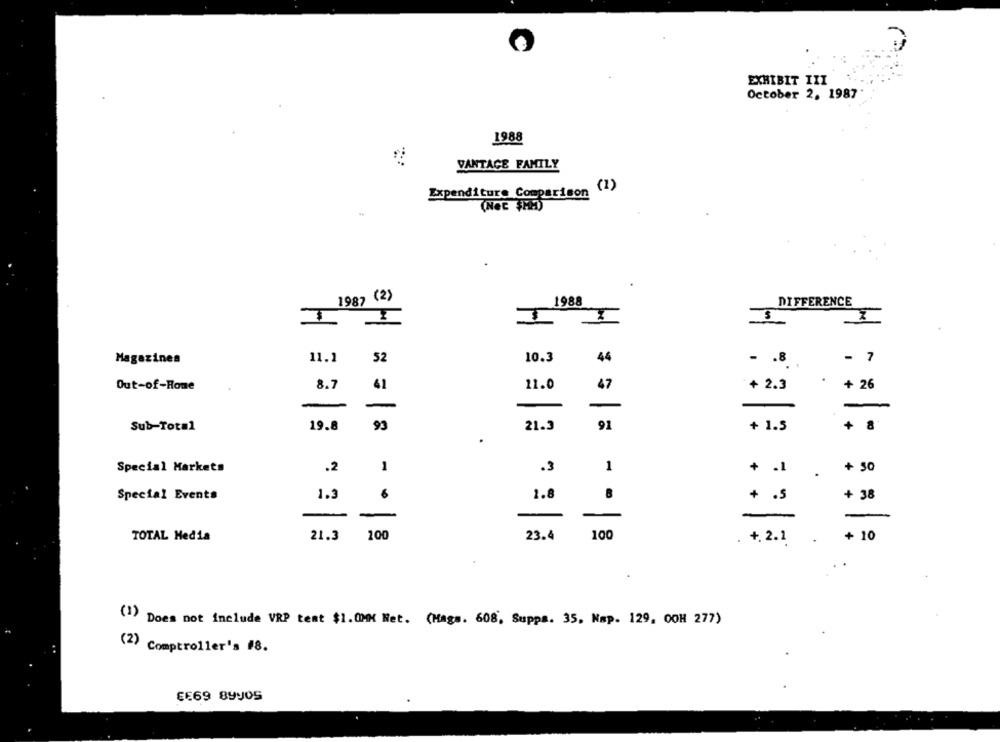
EXHIBIT III
October 2, 1987
1988
VANTAGE FAMILY
(1)
Expenditure Comparison
(Nec $HA)
1987 (2)
1988
DIFFERENCE
$
Magazines
11.1
52
10.3
44
- . 8
- 7
8.7
41
11.0
+ 2.3
+ 26
Out-of-Rome
47
Sub-Total
19.8
93
21.3
91
+ 1.5
+
8
Special Markets
.2
1
1
.3
+ .1
+ 30
Special Events
1.3
1.8
8
+ .5
+ 38
-
-
-
TOTAL Media
21.3 100
23.4
100
. +. 2.1
+ 10
(1) Does not include VRP tent $1.0M Net. (Mags. 608, Suppa. 35, Nap. 129, 00H 277)
(2) Comptroller's #8.
EE69 89y05